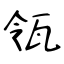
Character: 瓴